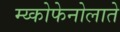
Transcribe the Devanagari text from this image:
म्य्कोफेनोलाते